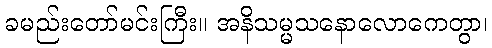
ခမည်းတော်မင်းကြီး။ အနိသမ္မသနောလောကေတွာ၊